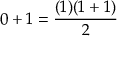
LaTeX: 0 + 1 = { \frac { ( 1 ) ( 1 + 1 ) } { 2 } }